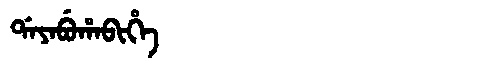
Manchu: ᡩᠠᠶᠠᠪᡠᡥᠠᠪᡳᡥᡝ
Romanization: DAYABUHABIHE